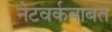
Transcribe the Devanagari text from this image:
नेटवर्कबाबत